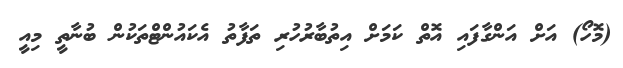
(މޮހޯ) އަށް އަންގާފައި އޮތް ކަމަށް އިތުބާރުހުރި ތަފާތު އެކައުންޓްތަކުން ބުނާތީ މިއީ